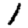
Digit: 1